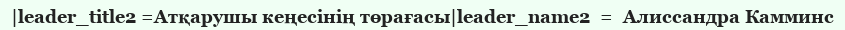
|leader_title2 =Атқарушы кеңесінің төрағасы|leader_name2  =  Алиссандра Камминс